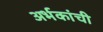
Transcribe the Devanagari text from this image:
अर्भकांची